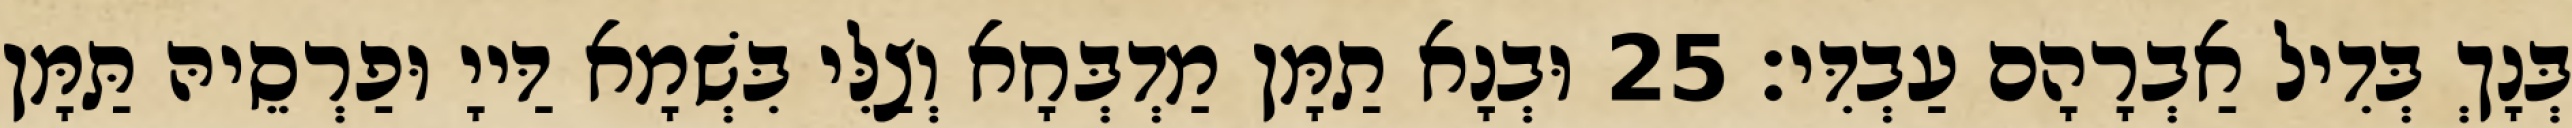
בְּנָךְ בְּדִיל אַבְרָהָם עַבְדִּי׃ 25 וּבְנָא תַמָּן מַדְבְּחָא וְצַלִּי בִּשְׁמָא דַּייָ וּפַרְסֵיהּ תַּמָּן